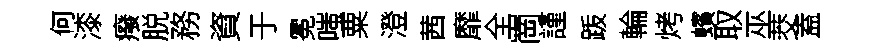
何漆癈脱務資于冕嗤粟澄茜靡全崗謹䟦輪烤蠙取巫茭盍